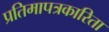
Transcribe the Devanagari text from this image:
प्रतिमापत्रकारिता